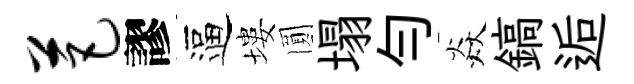
芭謬逼塿圎塌勻焱鎬逅